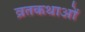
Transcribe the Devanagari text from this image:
व्रतकथाओं